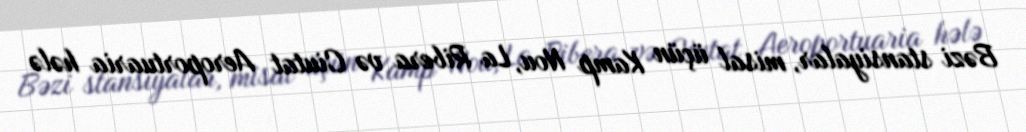
Bəzi stansiyalar, misal üçün Kamp Nou, La Ribera və Ciutat Aeroportuaria hələ